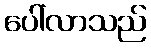
ပေါ်လာသည်